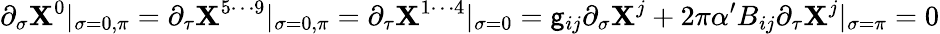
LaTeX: \partial_{\sigma}\mathbf{X}^{0}|_{\sigma=0,\pi}=\partial_{\tau}\mathbf{X}^{5\cdots9}|_{\sigma=0,\pi}=\partial_{\tau}\mathbf{X}^{1\cdots4}|_{\sigma=0}=\mathsf{g}_{ij}\partial_{\sigma}\mathbf{X}^{j}+2\pi\alpha^{\prime}B_{ij}\partial_{\tau}\mathbf{X}^{j}|_{\sigma=\pi}=0